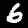
Digit: 6